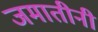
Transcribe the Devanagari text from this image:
जमातीनी